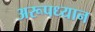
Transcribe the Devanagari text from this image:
अरूपध्यान